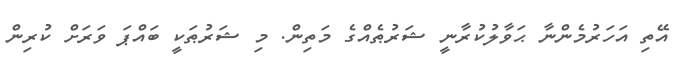
އޭތި އަހަރުމެންނާ ޙަވާލުކުރާނީ ޝަރުޠެއްގެ މަތިން. މި ޝަރުޠަކީ ބައްޕަ ވަރަށް ކުރިން